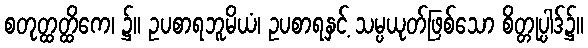
စတုတ္ထတ္ထိကေ၊ ၌။ ဥပစာရဘူမိယံ၊ ဥပစာရနှင့် သမ္ပယုတ်ဖြစ်သော စိတ္တုပ္ပါဒ်၌။